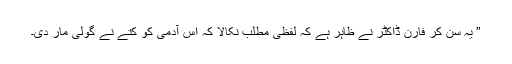
” یہ سن کر فارن ڈاکٹر نے ظاہر ہے کہ لفظی مطلب نکالا کہ اس آدمی کو کتے نے گولی مار دی۔